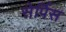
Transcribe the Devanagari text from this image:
सेर्पिस